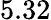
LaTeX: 5.32